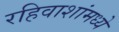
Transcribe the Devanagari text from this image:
रहिवाशांमध्ये